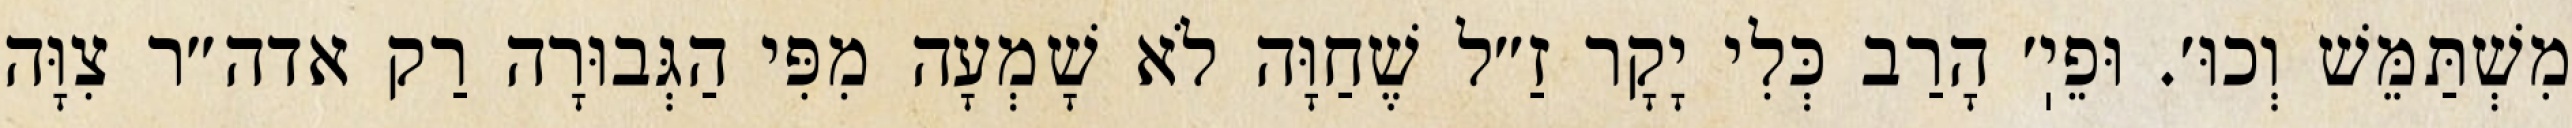
מִשְׁתַּמֵּשׁ וְכוּ׳. וּפֵיֽ׳ הָרַב כְּלִי יָקָר זַ״ל שֶׁחַוָּה לֹא שָׁמְעָה מִפִּי הַגְּבוּרָה רַק אדה״ר צִוָּה